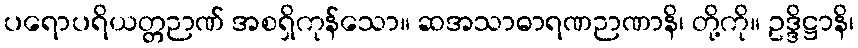
ပရောပရိယတ္တဉာဏ် အစရှိကုန်သော။ ဆအသာဓာရဏဉာဏာနိ၊ တို့ကို။ ဥဒ္ဒိဋ္ဌာနိ၊